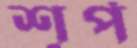
শূর্প